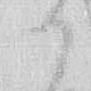
か